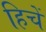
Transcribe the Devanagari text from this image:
हिचें